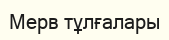
Мерв тұлғалары